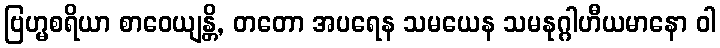
ဗြဟ္မစရိယာ စာဝေယျန္တိ, တတော အပရေန သမယေန သမနုဂ္ဂါဟီယမာနော ဝါ